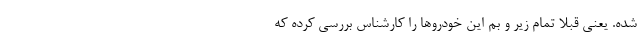
شده. یعنی قبلا تمام زیر و بم این خودروها را کارشناس بررسی کرده که